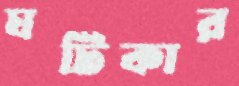
ঘটিকার